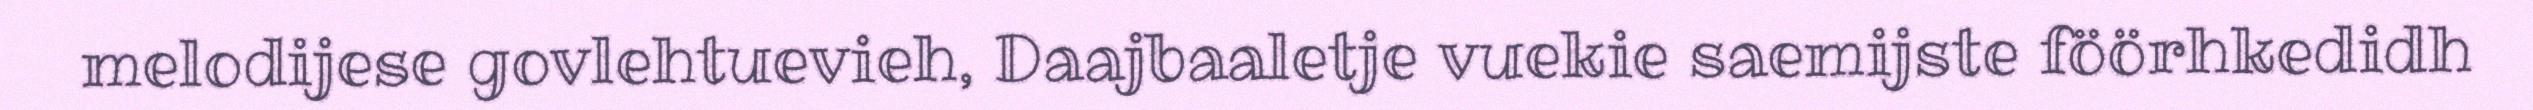
melodijese govlehtuevieh, Daajbaaletje vuekie saemijste föörhkedidh